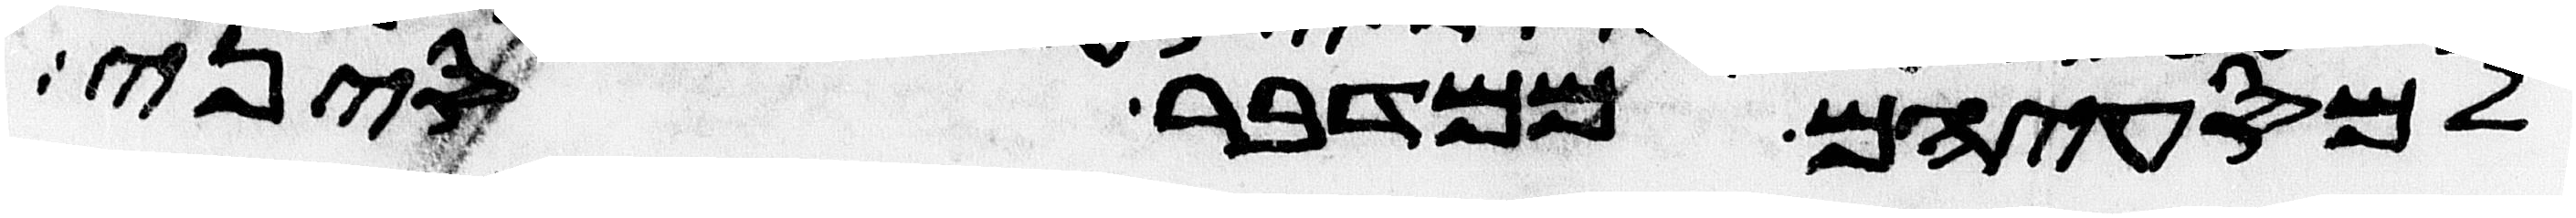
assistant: למסעיהם ממדבר סיני